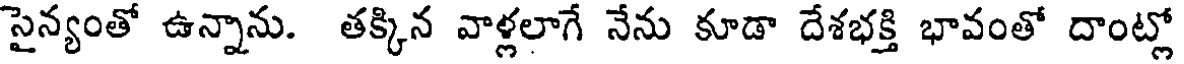
సైన్యంతో ఉన్నాను. తక్కిన వాళ్లలాగే నేను కూడా దేశభక్తి భావంతో దాంట్లో